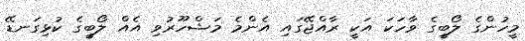
މީހުންގެ ލޯބީގެ ވާހަކަ އަކީ ރާއްޖޭގައި އެންމެ މަޝްހޫރުވި އެއް ލޯބީގެ ކުޅިގަނޑޭ